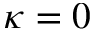
\kappa = 0